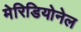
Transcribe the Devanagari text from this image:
मेरिडियोनेल